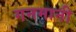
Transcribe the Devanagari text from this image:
गनमानी